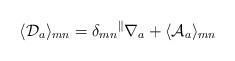
LaTeX: \begin{align*}\langle {\cal D}_a\rangle_{mn}=\delta_{mn}{}^\parallel\nabla_a+\langle {\cal A}_a\rangle_{mn}\end{align*}